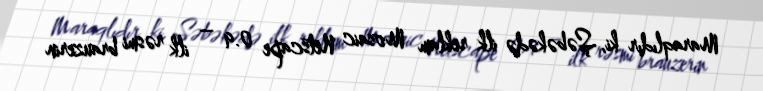
Maraqlıdır ki, Şəbəkədə ilk reklam Mosaic Netscape 0.9 – ilk rəsmi brauzerin